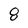
Character: 8